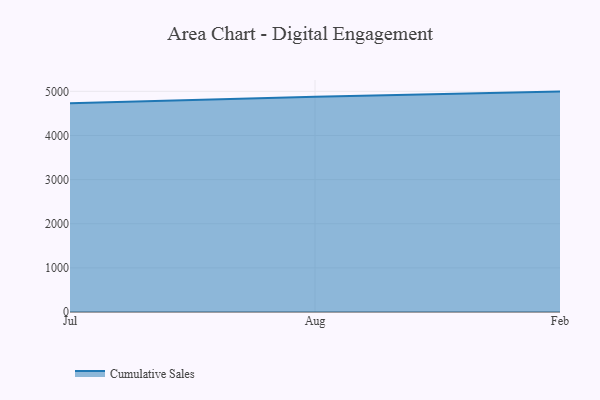
{"axis": {"x": "Month", "y": "Latency (ms)"}, "legend": ["Cumulative Sales"], "data": [{"x": "Jul", "y": 4729.1, "type": "Cumulative Sales"}, {"x": "Aug", "y": 4877.2, "type": "Cumulative Sales"}, {"x": "Feb", "y": 4994.2, "type": "Cumulative Sales"}]}